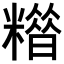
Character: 𥼪